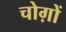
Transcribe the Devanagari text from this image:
चोग़ों